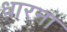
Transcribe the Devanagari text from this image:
धारना